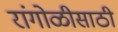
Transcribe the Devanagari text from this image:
रांगोळीसाठी